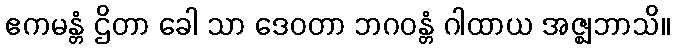
ဧကမန္တံ ဌိတာ ခေါ သာ ဒေဝတာ ဘဂဝန္တံ ဂါထာယ အဇ္ဈဘာသိ။